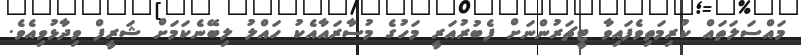
މައްސަލަތައް ކުރިމަތިވެފައިވާ ޓީޗަރުންނަށް ފެބުރުއަރީ މަހުގެ މުސާރައާއެކު ހައްލު ލިބޭނެކަމަށް ޝަރީފް ވިދާޅުވިއެވެ.